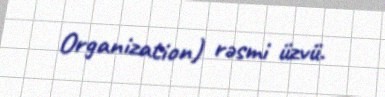
Organization) rəsmi üzvü.